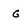
Character: g